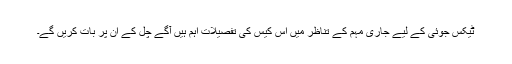
ٹیکس جوئی کے لیے جاری مہم کے تناظر میں اس کیس کی تفصیلات اہم ہیں آگے چل کے ان پر بات کریں گے۔